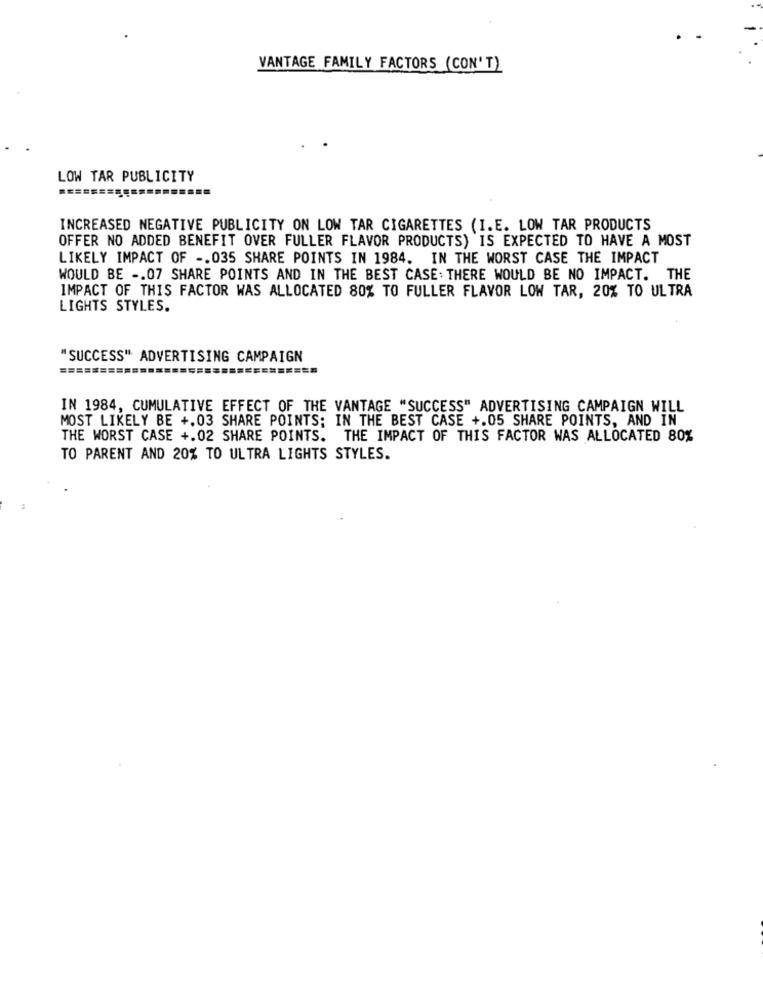
VANTAGE FAMILY FACTORS (CON'T)
LOW TAR PUBLICITY
INCREASED NEGATIVE PUBLICITY ON LOW TAR CIGARETTES (I.E. LOW TAR PRODUCTS
OFFER NO ADDED BENEFIT OVER FULLER FLAVOR PRODUCTS) IS EXPECTED TO HAVE A MOST
LIKELY IMPACT OF -. 035 SHARE POINTS IN 1984. IN THE WORST CASE THE IMPACT
WOULD BE -. 07 SHARE POINTS AND IN THE BEST CASE: THERE WOULD BE NO IMPACT. THE
IMPACT OF THIS FACTOR WAS ALLOCATED 80% TO FULLER FLAVOR LOW TAR, 20% TO ULTRA
LIGHTS STYLES.
"SUCCESS" ADVERTISING CAMPAIGN
IN 1984, CUMULATIVE EFFECT OF THE VANTAGE "SUCCESS" ADVERTISING CAMPAIGN WILL
MOST LIKELY BE +.03 SHARE POINTS; IN THE BEST CASE +.05 SHARE POINTS, AND IN
THE WORST CASE +.02 SHARE POINTS. THE IMPACT OF THIS FACTOR WAS ALLOCATED 80%
TO PARENT AND 20% TO ULTRA LIGHTS STYLES.